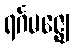
ရင်္ဂမဇ္ဈေ